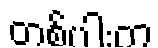
တစ်ပါးက